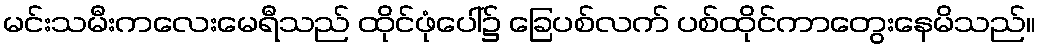
မင်းသမီးကလေးမေရီသည် ထိုင်ဖုံပေါ်၌ ခြေပစ်လက် ပစ်ထိုင်ကာတွေးနေမိသည်။